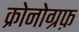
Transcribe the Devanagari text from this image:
क्रोनोग्रफ़